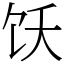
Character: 饫